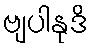
ဗျပါနုဒိ